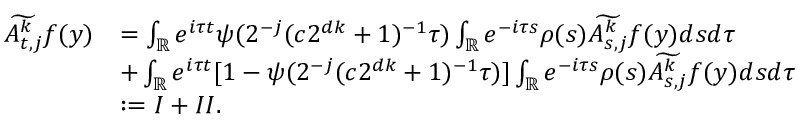
\begin{array} { r l } { \widetilde { A _ { t , j } ^ { k } } f ( y ) } & { = \int _ { \mathbb { R } } e ^ { i \tau t } \psi ( 2 ^ { - j } ( c 2 ^ { d k } + 1 ) ^ { - 1 } \tau ) \int _ { \mathbb { R } } e ^ { - i \tau s } \rho ( s ) \widetilde { A _ { s , j } ^ { k } } f ( y ) d s d \tau } \\ { \quad \quad } & { + \int _ { \mathbb { R } } e ^ { i \tau t } [ 1 - \psi ( 2 ^ { - j } ( c 2 ^ { d k } + 1 ) ^ { - 1 } \tau ) ] \int _ { \mathbb { R } } e ^ { - i \tau s } \rho ( s ) \widetilde { A _ { s , j } ^ { k } } f ( y ) d s d \tau } \\ & { : = I + I I . } \end{array}